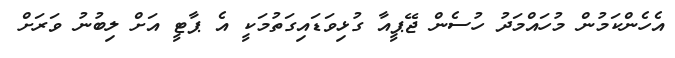
އެހެންކަމުން މުހައްމަދު ހުސެން ޖޭޕީއާ ގުޅިވަޑައިގަތުމަކީ އެ ޕާޓީ އަށް ލިބުނު ވަރަށް